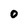
Character: O